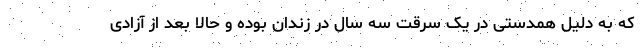
که به دلیل همدستی در یک سرقت سه سال در زندان بوده و حالا بعد از آزادی